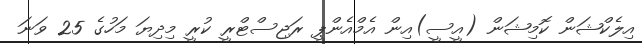
އިލެކްޝަން ކޮމިޝަން (އީސީ)އިން އެމްއެންޕީ ރަޖިސްޓްރީ ކުރީ މިދިޔަ މަހުގެ 25 ވަނަ